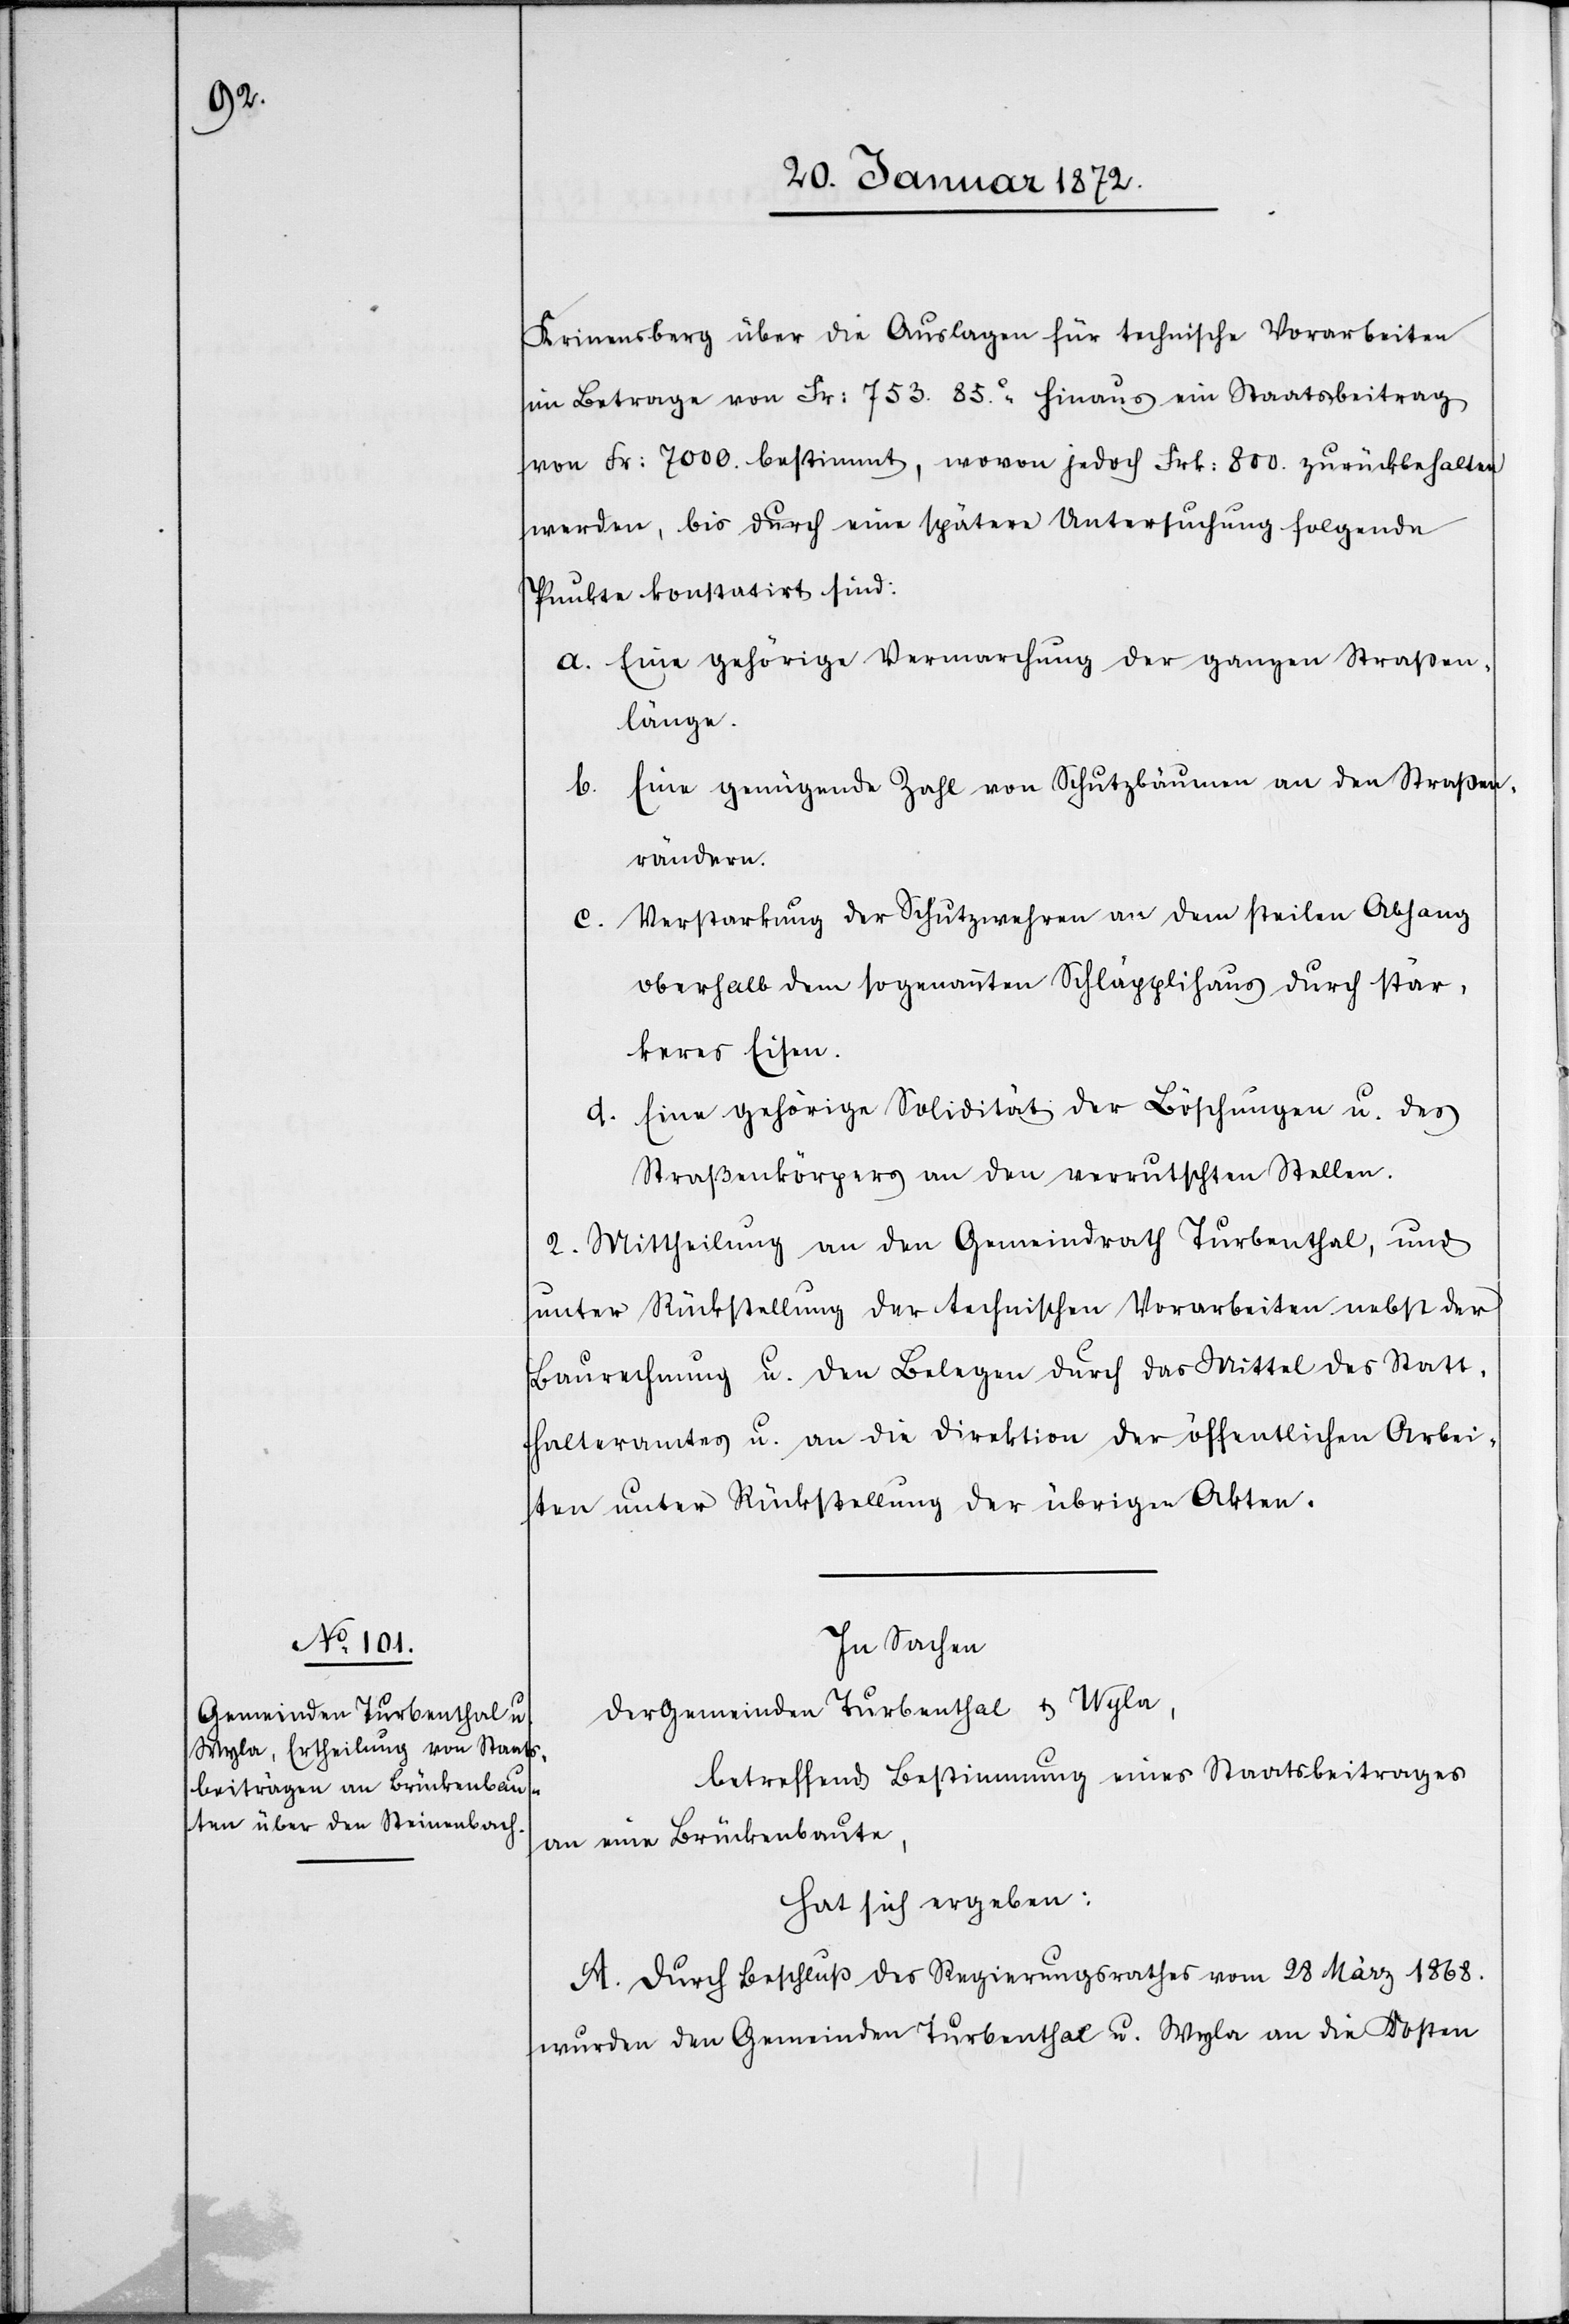
Krinensberg über die Auslagen für technische Vorarbeiten
im Betrage von Fr: 753. 85.c hinaus ein Staatsbeitrag
von Fr: 7000. bestimmt, wovon jedoch Frk: 800. zurückbehalten
werden, bis durch eine spätere Untersuchung folgende
Punkte konstatirt sind:
a. Eine gehörige Vermarchung der ganzen Straßen¬
länge.
b. Eine genügende Zahl von Schutzbäumen an den Straßen¬
rändern.
c. Verstarkung der Schutzwehren an dem steilen Abhang
oberhalb dem sogenannten Schläpplihaus durch stär¬
keres Eisen.
d. Eine gehörige Solidität der Böschungen u. des
Straßenkörpers an den verrutschen Stellen.
2. Mittheilung an den Gemeindrath Turbenthal, und
unter Rückstellung der technischen Vorarbeiten nebst der
Baurechnung u. den Belegen durch das Mittel des Statt¬
halteramtes u. an die Direktion der öffentlichen Arbei¬
ten unter Rückstellung der übrigen Akten.
In Sachen
der Gemeinden Turbenthal u. Wyla,
betreffend Bestimmung eines Staatsbeitrages
an eine Brückenbaute,
hat sich ergeben:
A. Durch Beschluß des Regierungsrathes vom 28 März 1868.
wurden den Gemeinden Turbenthal u. Wyla an die Kosten